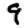
Digit: 9